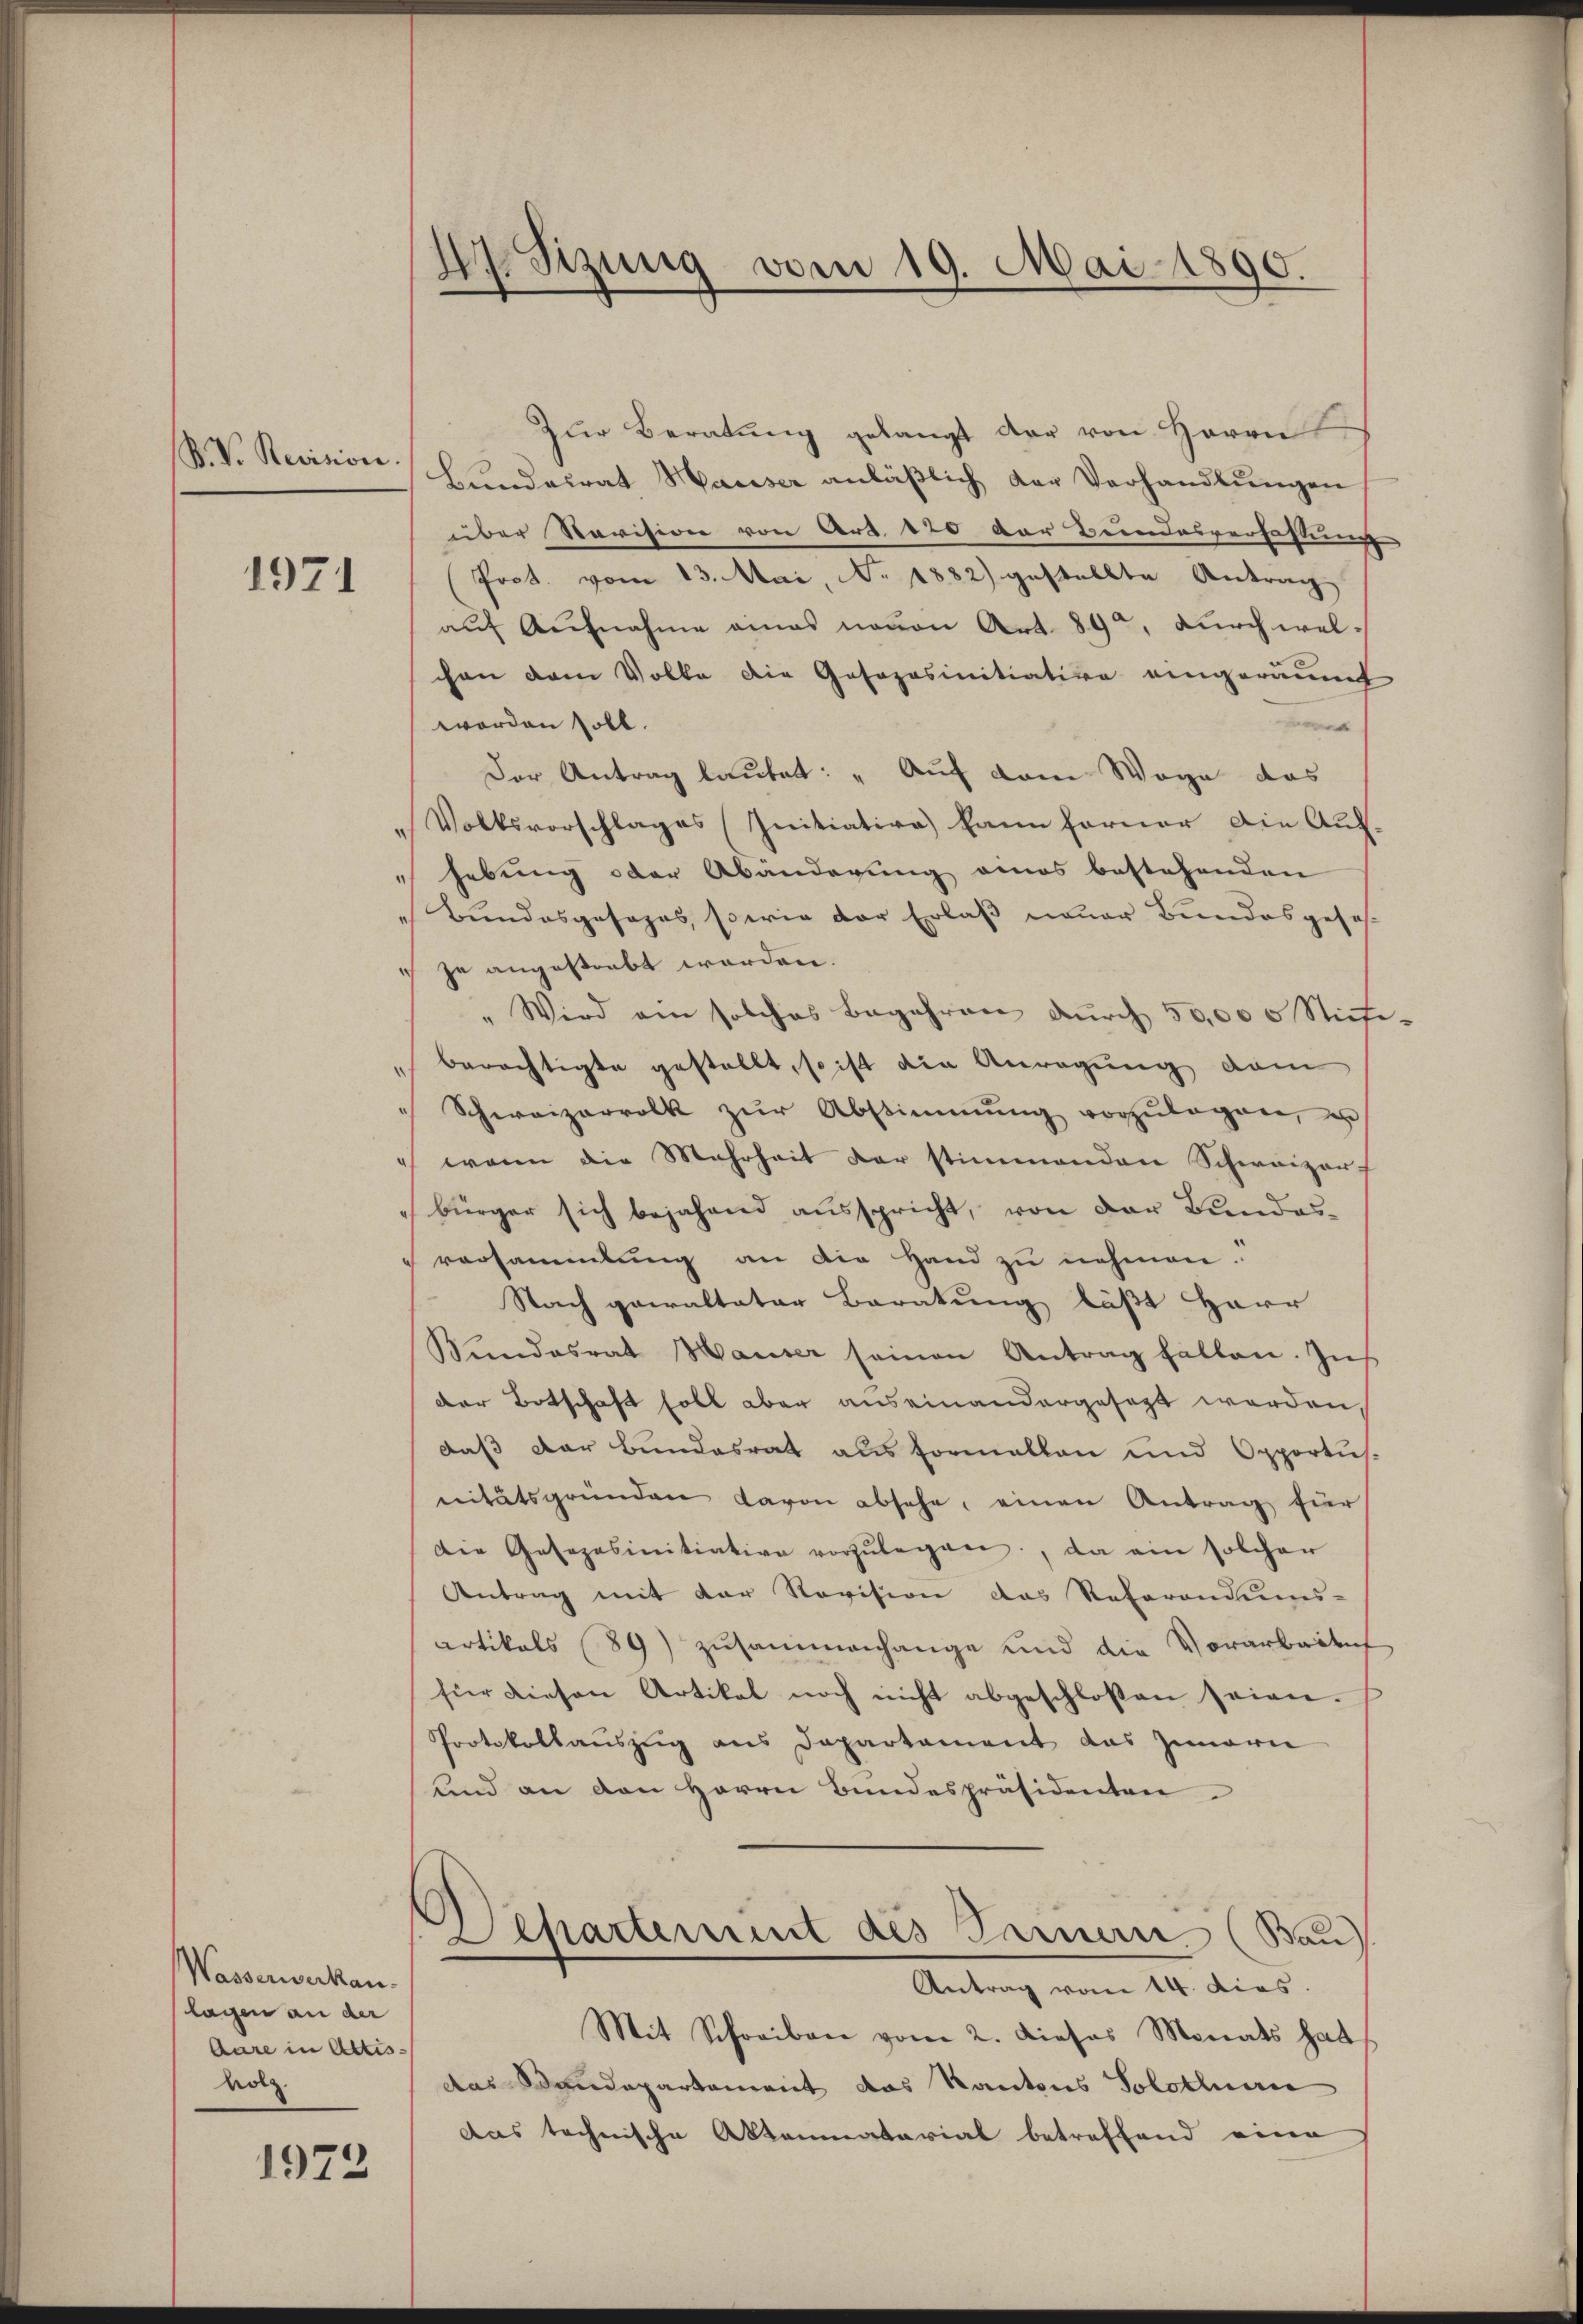
S. V. Revisione.

1971

Wasserwerken.
lagen an der
Aare in Actis
volz.

1972

de Sitzung vom 19. Mai 1890.

Zŭr Beratŭng gelangt der von Herrn
Bŭndesrat Hauser anläβlich der Verhandlŭngen
über Revision von Art. 120 der Bundesverfassung
Prot. vom 13. Mai, N. 1882) gestellte Antrag
aŭf Aŭfnahme eines neuen Art. 89, durch welchen dem Volke die Gasozasinitiative eingeräumt
worden soll.
e
Der Antrag lautet: „Auf dem Wege das
"Volksvorschlages Initiativa) kann ferner die Auf-
hebung oder Abanderung eines bestehenden
Bundesgesages, sowie der Erlaß neuer Bundesgeseh
 je angestrebt werden.
" Wird am solches Begehren durch 50,000 Stichi-
berächtigte gestellt, so ist die Anregung vom
" Schweizervolk zŭr Abstimmung vorzŭlegen, u
wann die Mehrheit der stimmenden Schweizer-
bürger sich bejahend ausspricht, von der Bundes-
versammlung an die Hand zu nehmen.
Nach gewaltater Baratung läßt Herr
Bundesrat Hauser seinen Antrag fallen. Zŭs
der Botschaft soll aber auseinandergesezt werden,
daß der Bundesrat aus formellen und Opportus.
nitätsgründen davon absehe, einen Antrag für
Die Gesoposinitiative vorzŭlegen, da ein solcher
Antrag mit der Revision das Referandums-
artikels (89) zusammenhange und die Vorarbeitet
für diesen Artikel noch nicht abgeschlossen seien.
Protokollauszug aus Departement das Zimern
und an den Herrn Bundespräsidenten
Departement des Seinem (Bau
Antrag vom 14. dies.
Mit Schreiben vom 2. Dieses Monats hat
das Standepartement das Kantons Solothurer
das technische Aktenmatarial betreffend eine